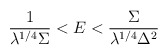
\begin{align*}\frac{1}{\lambda^{1/4}\Sigma}< E < \frac{\Sigma}{\lambda^{1/4}\Delta^2}\end{align*}